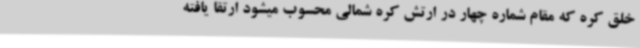
خلق کره که مقام شماره چهار در ارتش کره شمالی محسوب میشود ارتقا یافته